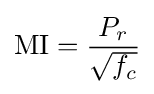
{\text{MI}}={\frac {P_{r}}{\sqrt {f_{c}}}}